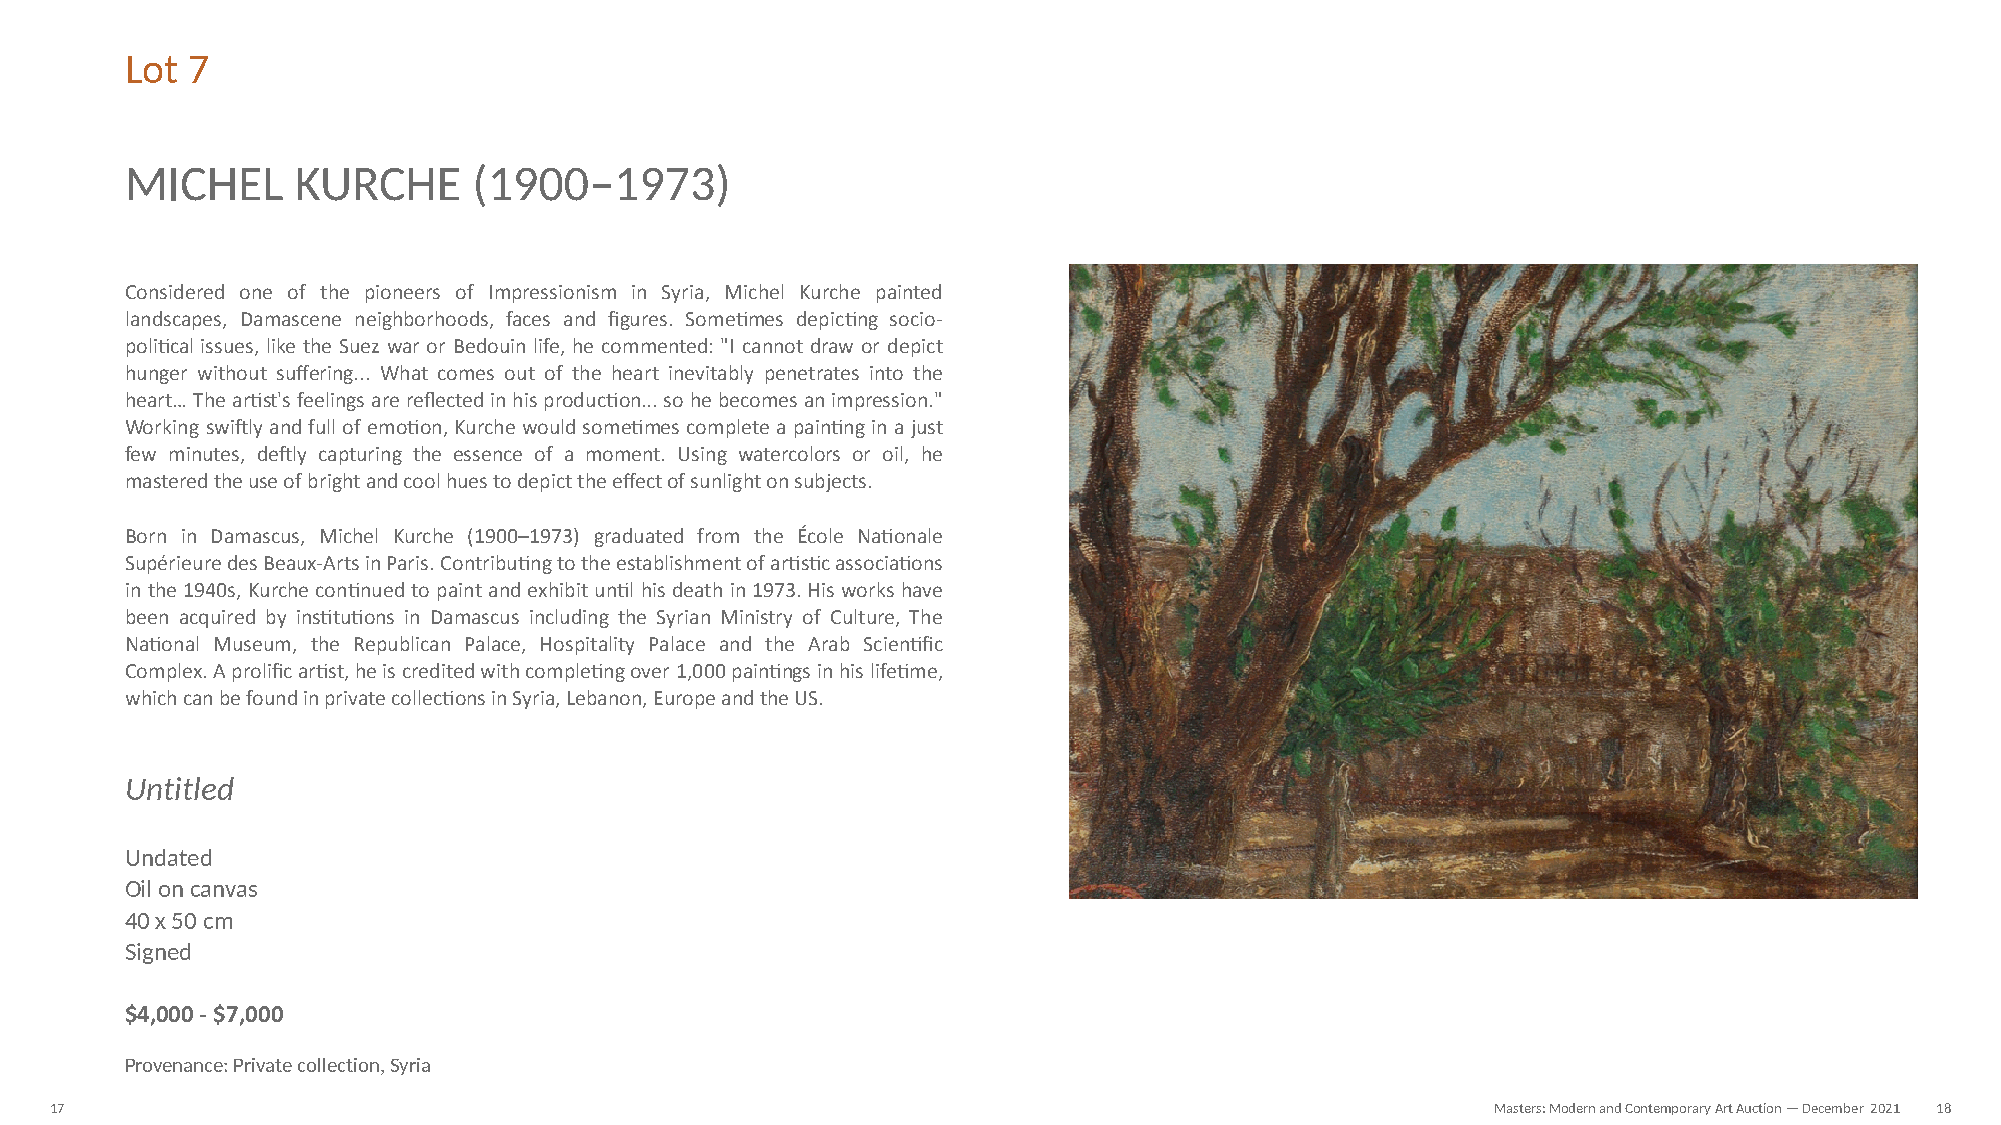
Lot 7
 MICHEL      KURCHE     (1900–1973)
 Considered one of the pioneers of Impressionism in Syria, Michel Kurche painted
 landscapes, Damascene neighborhoods, faces and figures. SomeNmes depicNng socio-
 poliNcal issues, like the Suez war or Bedouin life, he commented: "I cannot draw or depict
 hunger without suffering... What comes out of the heart inevitably penetrates into the
 heart… The arNst's feelings are reflected in his producNon... so he becomes an impression."
 Working swiVly and full of emoNon, Kurche would someNmes complete a painNng in a just
 few minutes, deVly capturing the essence of a moment. Using watercolors or oil, he
 mastered the use of bright and cool hues to depict the effect of sunlight on subjects.
 Born in Damascus, Michel Kurche (1900–1973) graduated from the École NaNonale
 Supérieure des Beaux-Arts in Paris. ContribuNng to the establishment of arNsNc associaNons
 in the 1940s, Kurche conNnued to paint and exhibit unNl his death in 1973. His works have
 been acquired by insNtuNons in Damascus including the Syrian Ministry of Culture, The
 NaNonal Museum, the Republican Palace, Hospitality Palace and the Arab ScienNfic
 Complex. A prolific arNst, he is credited with compleNng over 1,000 painNngs in his lifeNme,
 which can be found in private collecNons in Syria, Lebanon, Europe and the US.
 Untitled
 Undated
 Oil on canvas
 40 x 50 cm
 Signed
 $4,000 - $7,000
 Provenance: Private collection, Syria
 17                                                                                              Masters: Modern and Contemporary Art Auction — December 2021 18